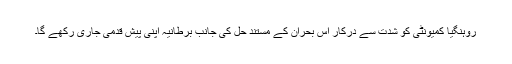
روہنگیا کمیونٹی کو شدت سے درکار اس بحران کے مستند حل کی جانب برطانیہ اپنی پیش قدمی جاری رکھے گا۔